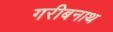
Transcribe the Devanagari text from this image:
गरीबनाथ